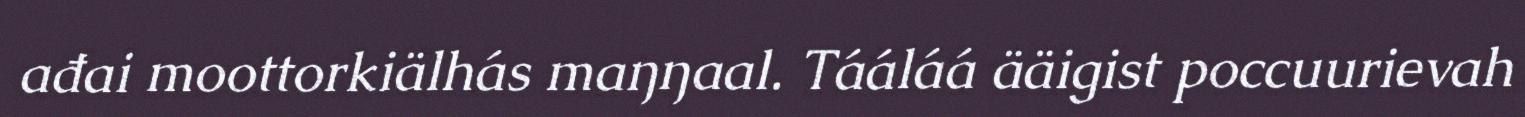
ađai moottorkiälhás maŋŋaal. Tááláá ääigist poccuurievah